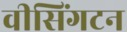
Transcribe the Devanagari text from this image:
वीसिंगटन